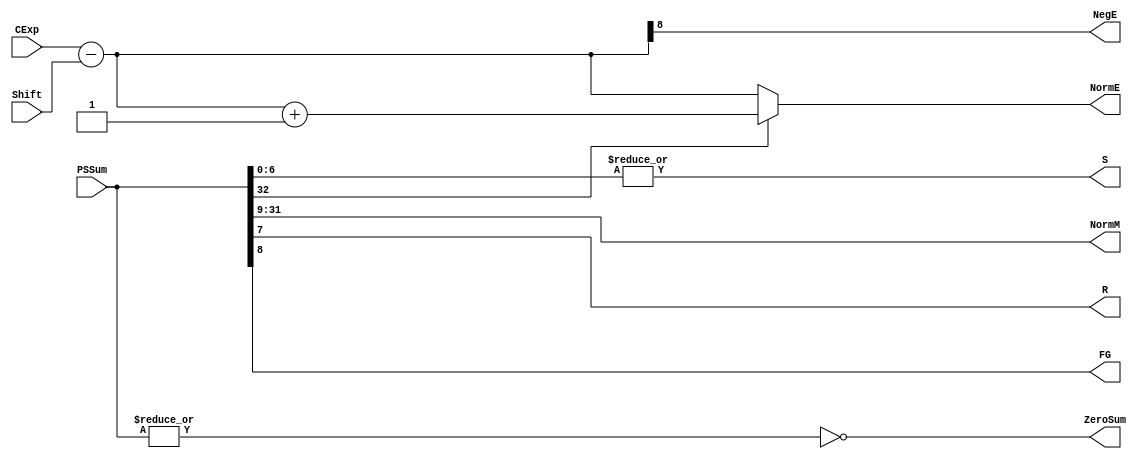
`timescale 1ns / 1ps
//////////////////////////////////////////////////////////////////////////////////
//
// Module Name:    FPAddSub_NormalizeShift2 
// Project Name: 	 Floating Point Project
//
// Description:	 Normalization shift stage 2, calculates post-normalization
//						 mantissa and exponent, as well as the bits used in rounding		
//
//////////////////////////////////////////////////////////////////////////////////

module FPAddSub_NormalizeShift2(
		PSSum,
		CExp,
		Shift,
		NormM,
		NormE,
		ZeroSum,
		NegE,
		R,
		S,
		FG
	);
	
	// Input ports
	input [32:0] PSSum ;					// The Pre-Shift-Sum
	input [7:0] CExp ;
	input [4:0] Shift ;					// Amount to be shifted

	// Output ports
	output [22:0] NormM ;				// Normalized mantissa
	output [8:0] NormE ;					// Adjusted exponent
	output ZeroSum ;						// Zero flag
	output NegE ;							// Flag indicating negative exponent
	output R ;								// Round bit
	output S ;								// Final sticky bit
	output FG ;

	// Internal signals
	wire MSBShift ;						// Flag indicating that a second shift is needed
	wire [8:0] ExpOF ;					// MSB set in sum indicates overflow
	wire [8:0] ExpOK ;					// MSB not set, no adjustment
	
	// Calculate normalized exponent and mantissa, check for all-zero sum
	assign MSBShift = PSSum[32] ;		// Check MSB in unnormalized sum
	assign ZeroSum = ~|PSSum ;			// Check for all zero sum
	assign ExpOK = CExp - Shift ;		// Adjust exponent for new normalized mantissa
	assign NegE = ExpOK[8] ;			// Check for exponent overflow
	assign ExpOF = CExp - Shift + 1'b1 ;		// If MSB set, add one to exponent(x2)
	assign NormE = MSBShift ? ExpOF : ExpOK ;			// Check for exponent overflow
	assign NormM = PSSum[31:9] ;		// The new, normalized mantissa
	
	// Also need to compute sticky and round bits for the rounding stage
	assign FG = PSSum[8] ; 
	assign R = PSSum[7] ;
	assign S = |PSSum[6:0] ;
	
endmodule